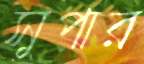
সুপার